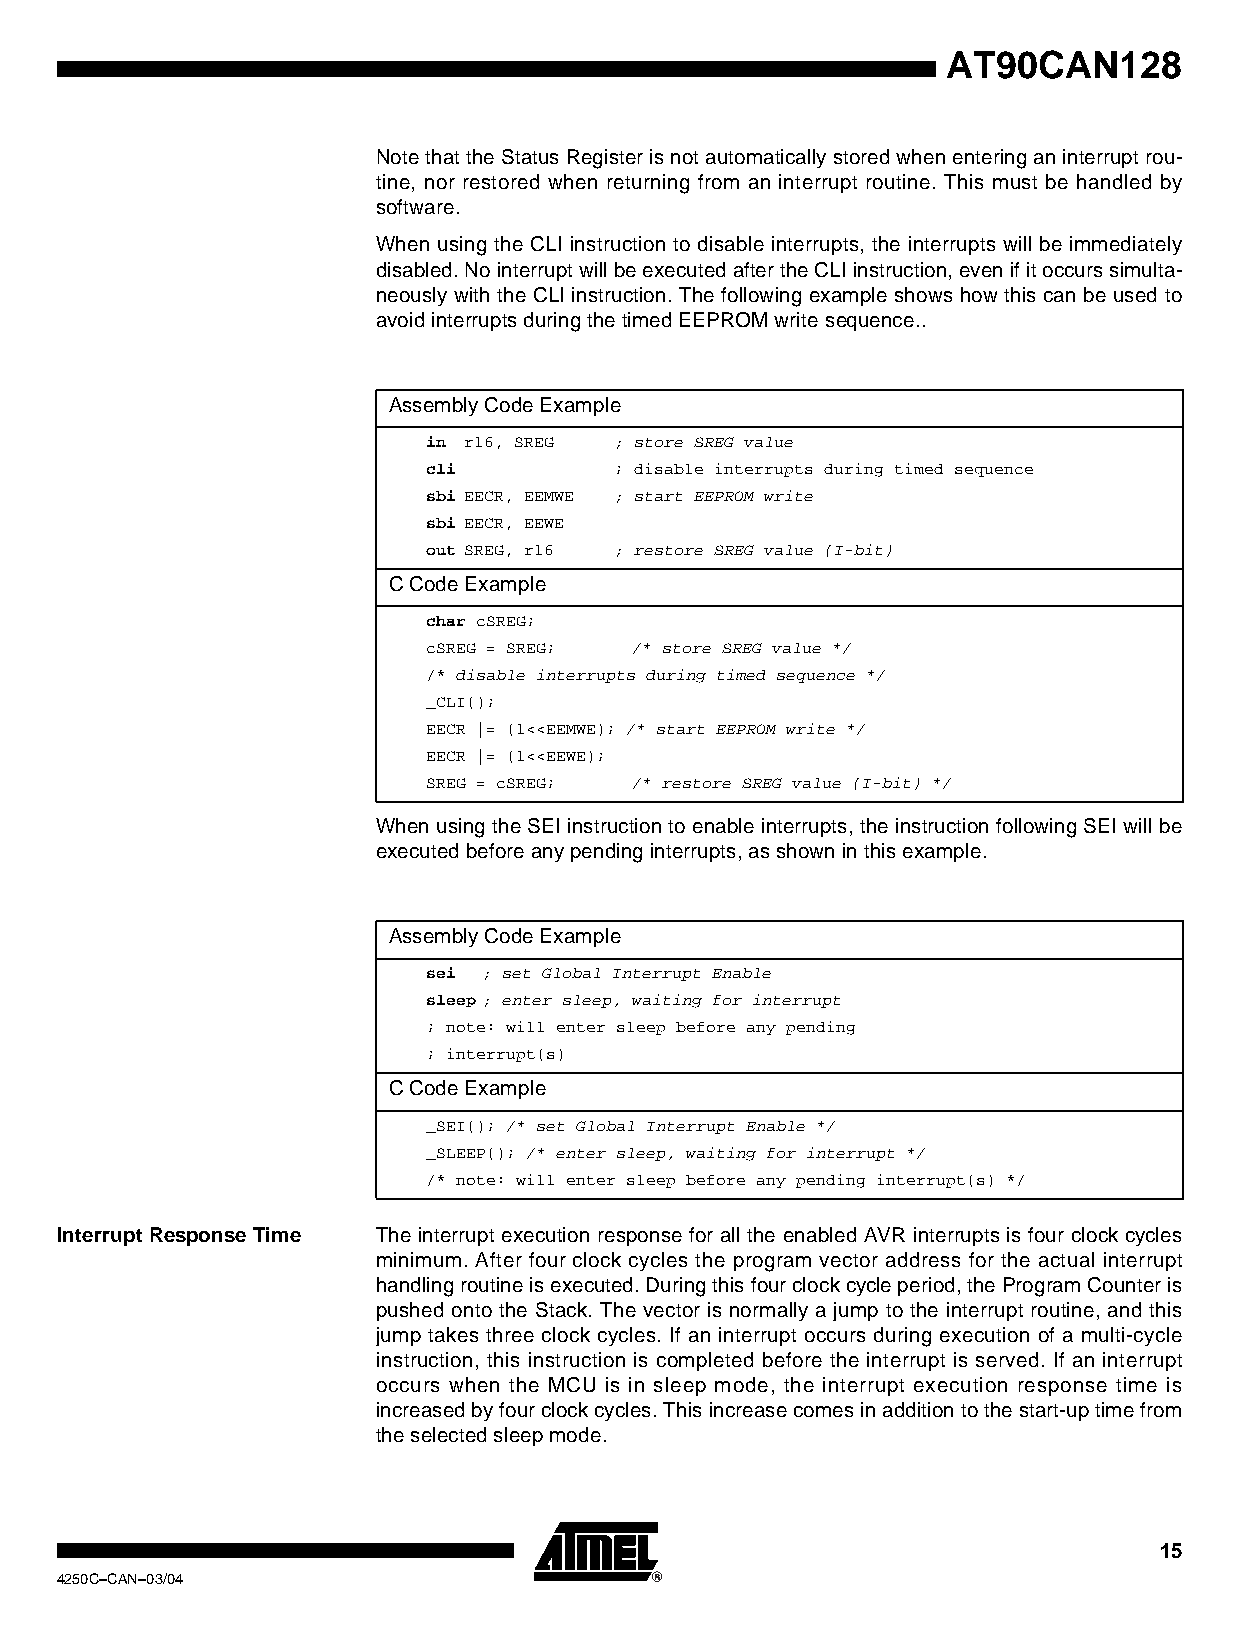
AT90CAN128
 Note that the Status Register is not automatically stored when entering an interrupt rou-
 tine, nor restored when returning from an interrupt routine. This must be handled by
 software.
 When using the CLI instruction to disable interrupts, the interrupts will be immediately
 disabled. No interrupt will be executed after the CLI instruction, even if it occurs simulta-
 neously with the CLI instruction. The following example shows how this can be used to
 avoid interrupts during the timed EEPROM write sequence..
 Assembly Code Example
 in r16, SREG ; store SREG value
 cli          ; disable interrupts during timed sequence
 sbi EECR, EEMWE ; start EEPROM write
 sbi EECR, EEWE
 out SREG, r16 ; restore SREG value (I-bit)
 C Code Example
 char cSREG;
 cSREG = SREG; /* store SREG value */
 /* disable interrupts during timed sequence */
 _CLI();
 EECR |= (1<<EEMWE); /* start EEPROM write */
 EECR |= (1<<EEWE);
 SREG = cSREG; /* restore SREG value (I-bit) */
 When using the SEI instruction to enable interrupts, the instruction following SEI will be
 executed before any pending interrupts, as shown in this example.
 Assembly Code Example
 sei ; set Global Interrupt Enable
 sleep; enter sleep, waiting for interrupt
 ; note: will enter sleep before any pending
 ; interrupt(s)
 C Code Example
 _SEI(); /* set Global Interrupt Enable */
 _SLEEP(); /* enter sleep, waiting for interrupt */
 /* note: will enter sleep before any pending interrupt(s) */
 Interrupt Response Time The interrupt execution response for all the enabled AVR interrupts is four clock cycles
 minimum. After four clock cycles the program vector address for the actual interrupt
 handling routine is executed. During this four clock cycle period, the Program Counter is
 pushed onto the Stack. The vector is normally a jump to the interrupt routine, and this
 jump takes three clock cycles. If an interrupt occurs during execution of a multi-cycle
 instruction, this instruction is completed before the interrupt is served. If an interrupt
 occurs when the MCU is in sleep mode, the interrupt execution response time is
 increased by four clock cycles. This increase comes in addition to the start-up time from
 the selected sleep mode.
 15
 4250C–CAN–03/04